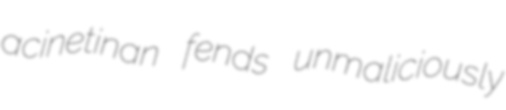
acinetinan fends unmaliciously